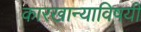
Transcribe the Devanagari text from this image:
कारखान्याविषयी